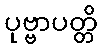
ပုဗ္ဗာပတ္တိ